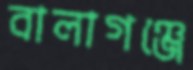
বালাগঞ্জে